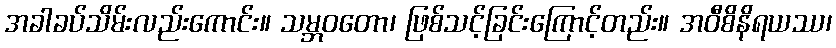
အခါခပ်သိမ်းလည်းကောင်း။ သမ္ဘဝတော၊ ဖြစ်သင့်ခြင်းကြောင့်တည်း။ အဝီစိနိရယဿ၊